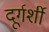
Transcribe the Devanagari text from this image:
दूर्गर्शी